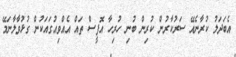
އެބަދަލު ކުރާނެއޭ ސަރުކާރުން ކުރިން ބުނި ހުރިހާ އޮފީސް ތައް އެއްވިއުގައަކުން ގުޅުވާލާނަމޭ